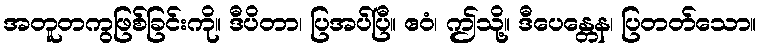
အတူတကွဖြစ်ခြင်းကို။ ဒီပိတာ၊ ပြအပ်ပြီ။ ဧဝံ၊ ဤသို့။ ဒီပေန္တေန၊ ပြတတ်သော။